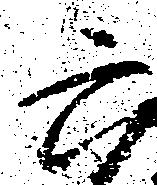
六